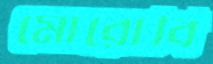
মোরোবি